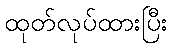
ထုတ်လုပ်ထားပြီး